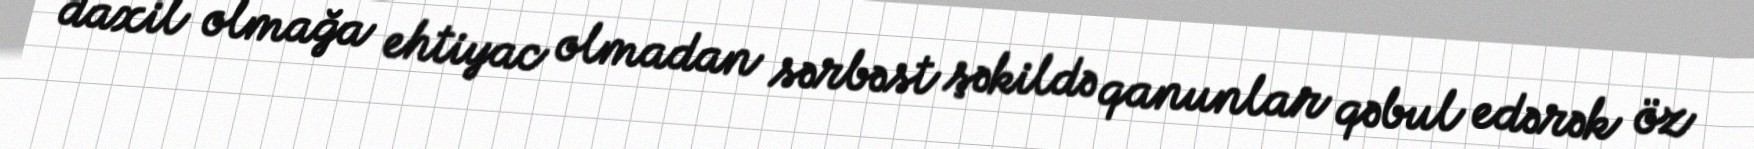
daxil olmağa ehtiyac olmadan sərbəst şəkildə qanunlar qəbul edərək öz